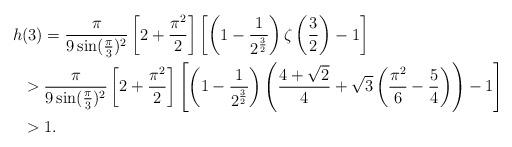
LaTeX: \begin{align*} h&(3)=\frac{\pi}{9\sin(\frac{\pi}{3})^2}\left[2+\frac{\pi^2}{2}\right] \left[\left(1-\frac{1}{2^{\frac32}}\right)\zeta\left(\frac32\right)-1\right]\\&>\frac{\pi}{9\sin(\frac{\pi}{3})^2}\left[2+\frac{\pi^2}{2}\right] \left[\left(1-\frac{1}{2^{\frac32}}\right)\left( \frac{4+\sqrt{2}}{4}+\sqrt{3} \left(\frac{\pi^2}{6}-\frac54\right) \right)-1\right] \\ &>1.\end{align*}